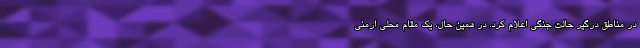
در مناطق درگیر حالت جنگی اعلام کرد. در همین حال، یک مقام محلی ارمنی